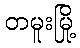
တမူးမြို့